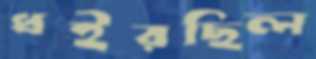
ধইরছিল